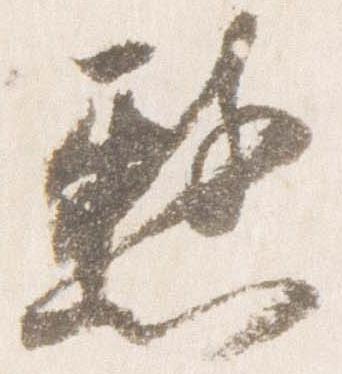
憖